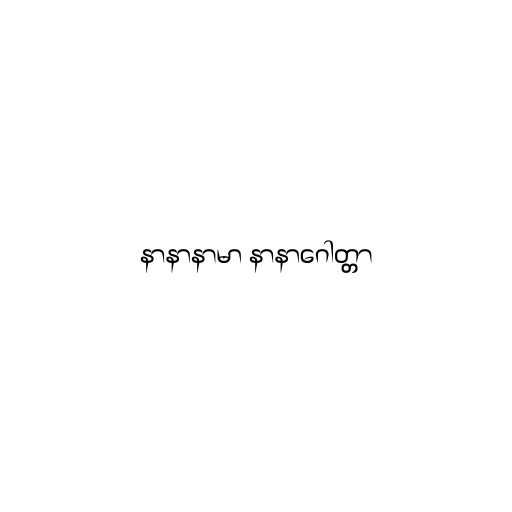
နာနာနာမာ နာနာဂေါတ္တာ